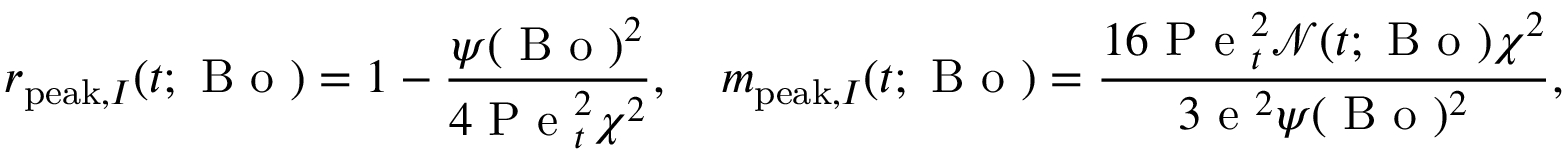
r _ { \mathrm { p e a k } , I } ( t ; \mathrm { ~ B ~ o ~ } ) = 1 - \frac { \psi ( \mathrm { ~ B ~ o ~ } ) ^ { 2 } } { 4 \mathrm { ~ P ~ e ~ } _ { t } ^ { 2 } \chi ^ { 2 } } , \quad m _ { \mathrm { p e a k } , I } ( t ; \mathrm { ~ B ~ o ~ } ) = \frac { 1 6 \mathrm { ~ P ~ e ~ } _ { t } ^ { 2 } \mathcal { N } ( t ; \mathrm { ~ B ~ o ~ } ) \chi ^ { 2 } } { 3 \mathrm { ~ e ~ } ^ { 2 } \psi ( \mathrm { ~ B ~ o ~ } ) ^ { 2 } } ,